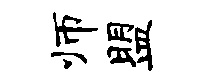
师盟